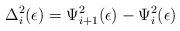
\begin{align*}\Delta_{i}^{2}(\epsilon) = \Psi_{i+1}^{2}(\epsilon) - \Psi_{i}^{2}(\epsilon)\end{align*}